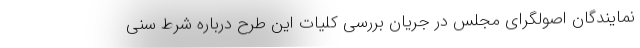
نمایندگان اصولگرای مجلس در جریان بررسی کلیات این طرح درباره شرط سنی